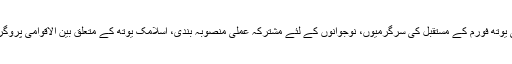
او آئی سی یوتھ فورم کے مستقبل کی سرگرمیوں، نوجوانوں کے لئے مشترکہ عملی منصوبہ بندی، اسلامک یوتھ کے متعلق بین الاقوامی پروگرام اور او۔